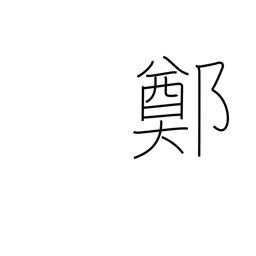
Meaning: an ancient Chinese province